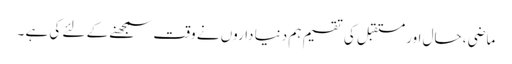
ماضی ، حال اور مستقبل کی تقسیم ہم دنیا داروں نے وقت سمجھنے کے لئے کی ہے ۔